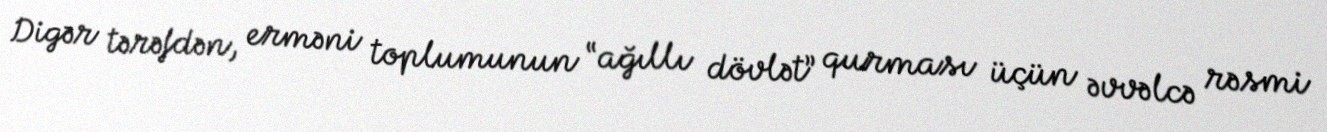
Digər tərəfdən, erməni toplumunun “ağıllı dövlət” qurması üçün əvvəlcə rəsmi